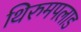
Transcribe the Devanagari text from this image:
थिरुमपलाड